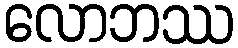
လောဘဿ